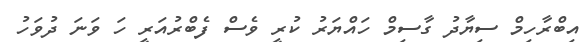
އިބްރާހިމް ސިޔާދު ގާސިމް ހައްޔަރު ކުރީ ވެސް ފެބްރުއަރީ ހަ ވަނަ ދުވަހު